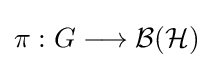
\pi :G\longrightarrow {\mathcal {B}}({\mathcal {H}})